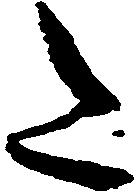
た